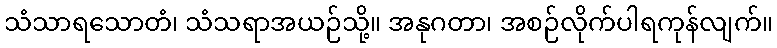
သံသာရသောတံ၊ သံသရာအယဉ်သို့။ အနုဂတာ၊ အစဉ်လိုက်ပါရကုန်လျက်။